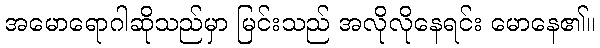
အမောရောဂါဆိုသည်မှာ မြင်းသည် အလိုလိုနေရင်း မောနေ၏။